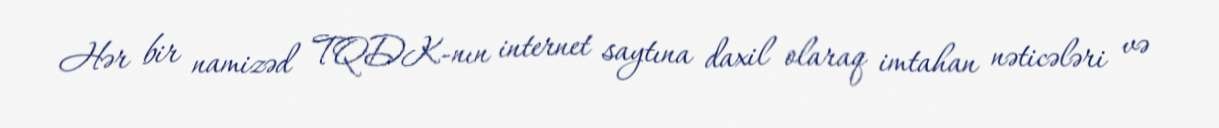
Hər bir namizəd TQDK-nın internet saytına daxil olaraq imtahan nəticələri və